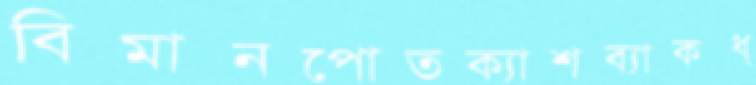
বিমানপোতক্যাশব্যাকধ্